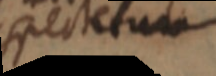
spectum